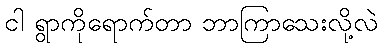
ငါ ရွာကိုရောက်တာ ဘာကြာသေးလို့လဲ